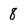
Character: 8